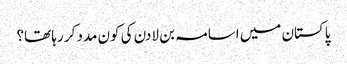
پاکستان میں اسامہ بن لادن کی کون مدد کر رہا تھا؟